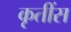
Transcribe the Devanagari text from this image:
कृतींस